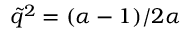
\tilde { q } ^ { 2 } = ( \alpha - 1 ) / 2 \alpha